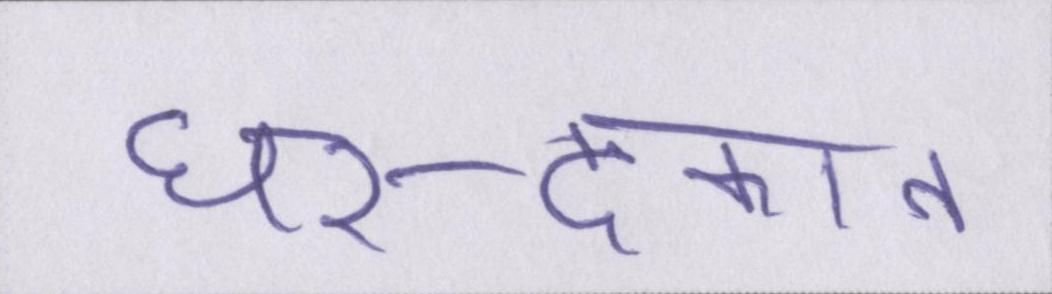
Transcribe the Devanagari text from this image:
घर-दूकान